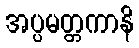
အပ္ပမတ္တကာနိ